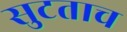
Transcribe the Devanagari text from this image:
सुटताच